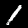
Label: 1